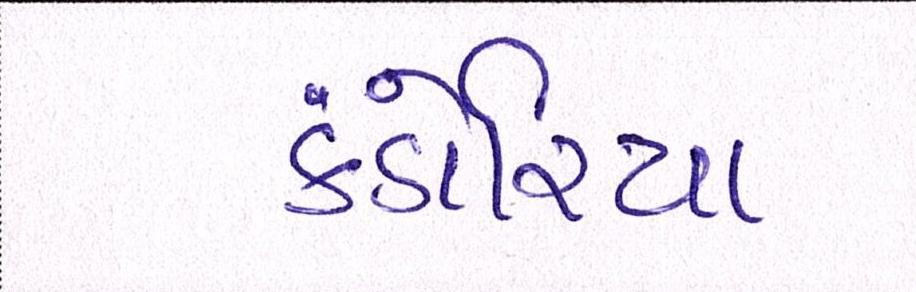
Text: કંડોરિયા